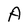
Character: A